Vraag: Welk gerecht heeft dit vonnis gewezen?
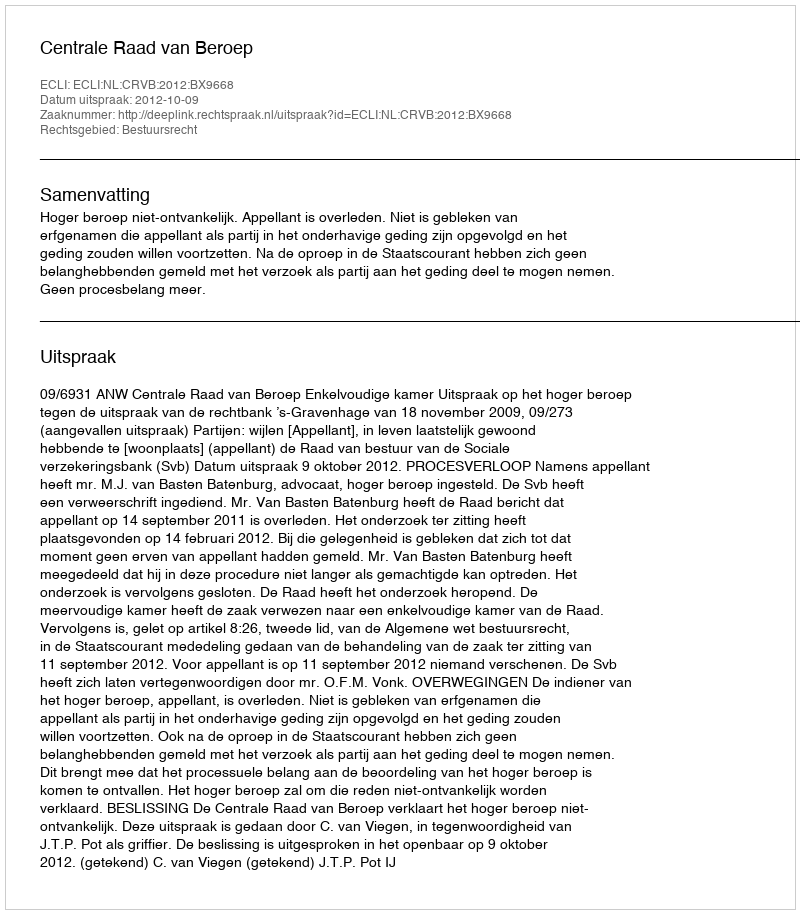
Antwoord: Centrale Raad van Beroep